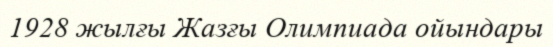
1928 жылғы Жазғы Олимпиада ойындары